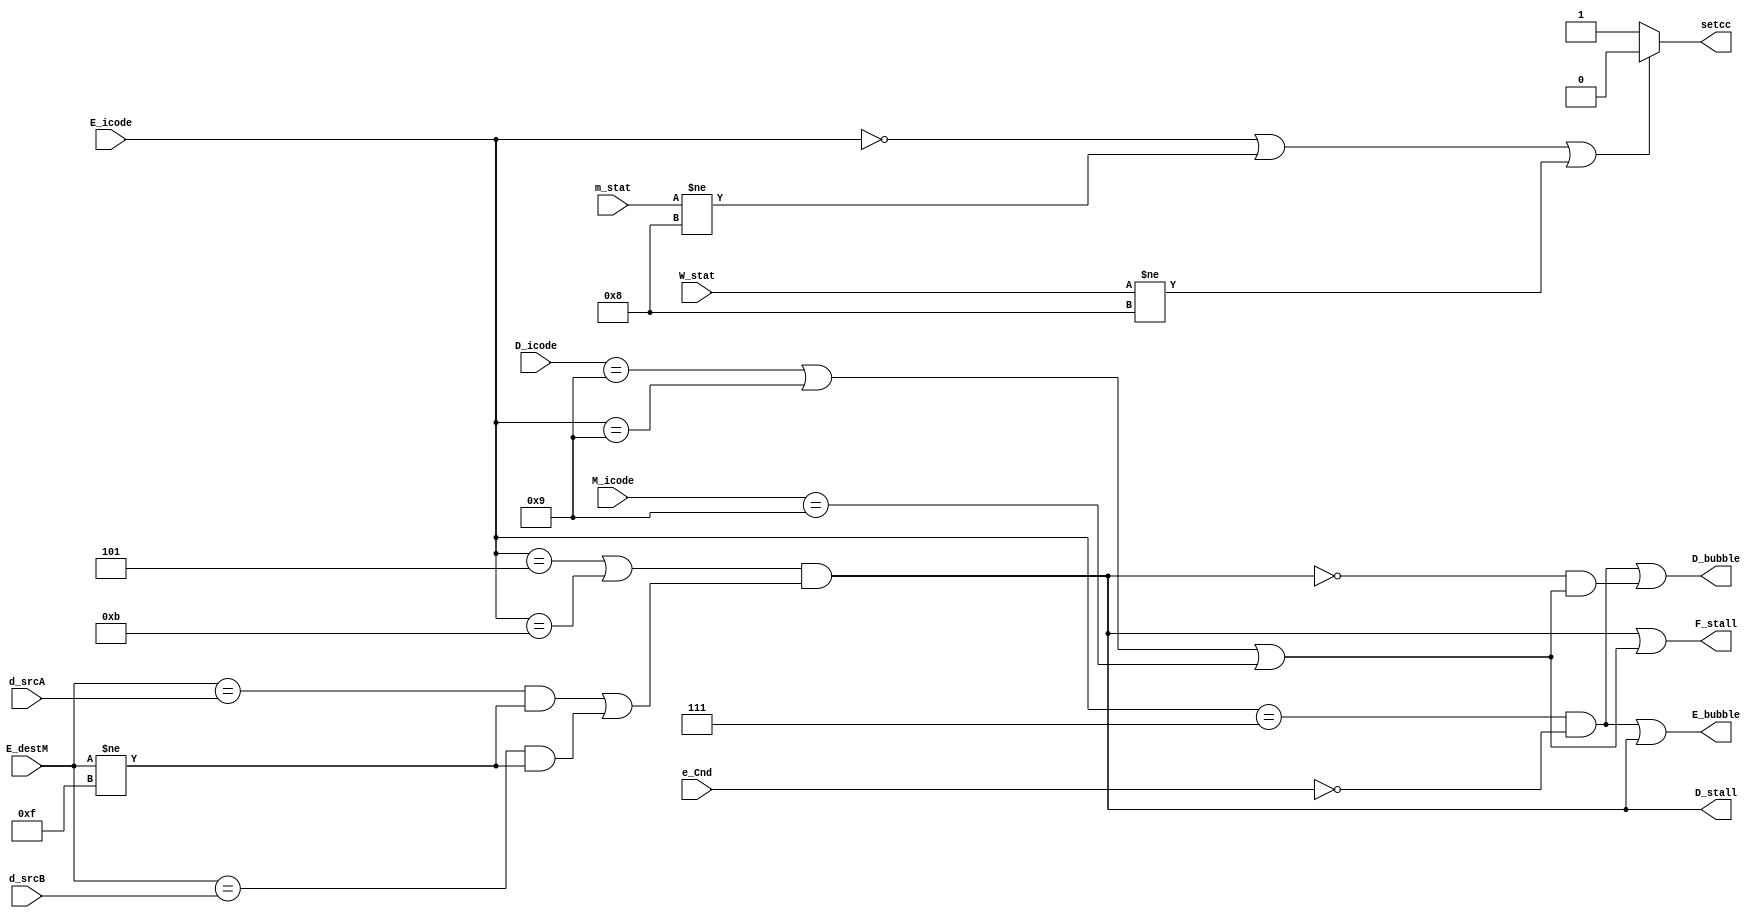
module pipeline_ctrl(D_icode,d_srcA,d_srcB,E_icode,E_destM,e_Cnd,M_icode,m_stat,W_stat,setcc,F_stall,D_stall,D_bubble,E_bubble);

input [3:0] D_icode;
input [3:0] d_srcA;
input [3:0] d_srcB;
input [3:0] E_icode;
input [3:0] E_destM;
input e_Cnd;
input [3:0] M_icode;
input [0:3] m_stat;
input [0:3] W_stat;

output reg setcc;
output reg F_stall;
output reg D_stall;
output reg D_bubble;
output reg E_bubble;

always @(*) begin
    setcc = 1'b1;
    F_stall = 1'b0;
    D_stall = 1'b0; 
    D_bubble = 1'b0;
    E_bubble = 1'b0;

    F_stall <= ( ((E_icode == 4'h5 || E_icode == 4'hB) && ( ( (E_destM == d_srcA) && (E_destM != 4'hF) ) || ( (E_destM == d_srcB) && (E_destM != 4'hF) ) )) || (D_icode == 4'h9 || E_icode == 4'h9 || M_icode == 4'h9));
    D_stall <= ((E_icode == 4'h5 || E_icode == 4'hB) && ( ( (E_destM == d_srcA) && (E_destM != 4'hF) ) || ( (E_destM == d_srcB) && (E_destM != 4'hF) ) ));
    D_bubble <= (( E_icode == 4'h7 && !e_Cnd ) || (!((E_icode == 4'h5 || E_icode == 4'hB)  && ( ( (E_destM == d_srcA) && (E_destM != 4'hF) ) || ( (E_destM == d_srcB) && (E_destM != 4'hF) ) )) && (D_icode == 4'h9 || E_icode == 4'h9 || M_icode == 4'h9)));
    E_bubble <= (( E_icode == 4'h7 && !e_Cnd ) || ((E_icode == 4'h5 || E_icode == 4'hB)  && (  ( (E_destM == d_srcA) && (E_destM != 4'hF) ) || ( (E_destM == d_srcB) && (E_destM != 4'hF) ) )));

    if(E_icode == 4'h0 | m_stat != 4'b1000 | W_stat != 4'b1000)
        begin
            setcc <= 1'b0;
        end
    end

endmodule

// D_bubble <= (( E_icode == 4'h7 && !e_Cnd ) || (!(E_icode == 4'h5 || E_icode == 4'hB)  && (((E_destM == d_srcA)&(d_srcA != 15)) || ((E_destM== d_srcB)&(d_srcB != 15))) && (D_icode == 4'h9 || E_icode == 4'h9 || M_icode == 4'h9)));